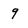
Character: 9